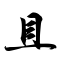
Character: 具